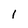
Character: 1